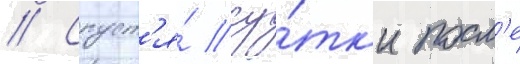
// Спуст'я́ су́тк'и посл'е